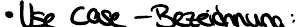
Use Case - Bezeichnung: